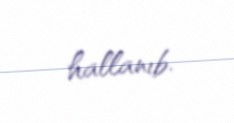
hallanıb.